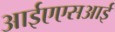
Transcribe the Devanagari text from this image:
आईएएसआई